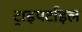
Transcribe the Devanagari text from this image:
ट्राइपर्टाइल